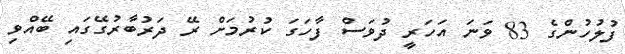
ފުލުހުންގެ 83 ވަނަ އަހަރީ ދުވަސް ފާހަގަ ކުރުމަށް ރޭ ދަރުބާރުގޭގައި ބޭއްވި